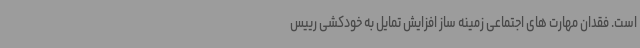
است. فقدان مهارت های اجتماعی زمینه ساز افزایش تمایل به خودکشی رییس